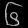
Digit: ၆